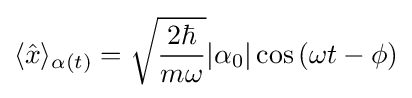
\langle {\hat {x}}\rangle _{\alpha (t)}={\sqrt {\frac {2\hbar }{m\omega }}}|\alpha _{0}|\cos {(\omega t-\phi )}